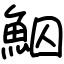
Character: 鮂